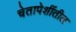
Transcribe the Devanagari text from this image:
चेतापेशींतील